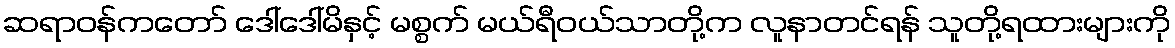
ဆရာဝန်ကတော် ဒေါ်ဒေါ်မိနှင့် မစ္စက် မယ်ရီဝယ်သာတို့က လူနာတင်ရန် သူတို့ရထားများကို